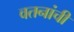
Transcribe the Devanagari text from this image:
वतनांची